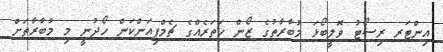
އިންޓަރ ރިސޯޓު ވޮލީބޯޅަ މުބާރާތުގެ ޒޯން ހަތަރެއްގެ ޗެމްޕިއަންކަން ހޯދުނީ މި މުބާރާތަށް